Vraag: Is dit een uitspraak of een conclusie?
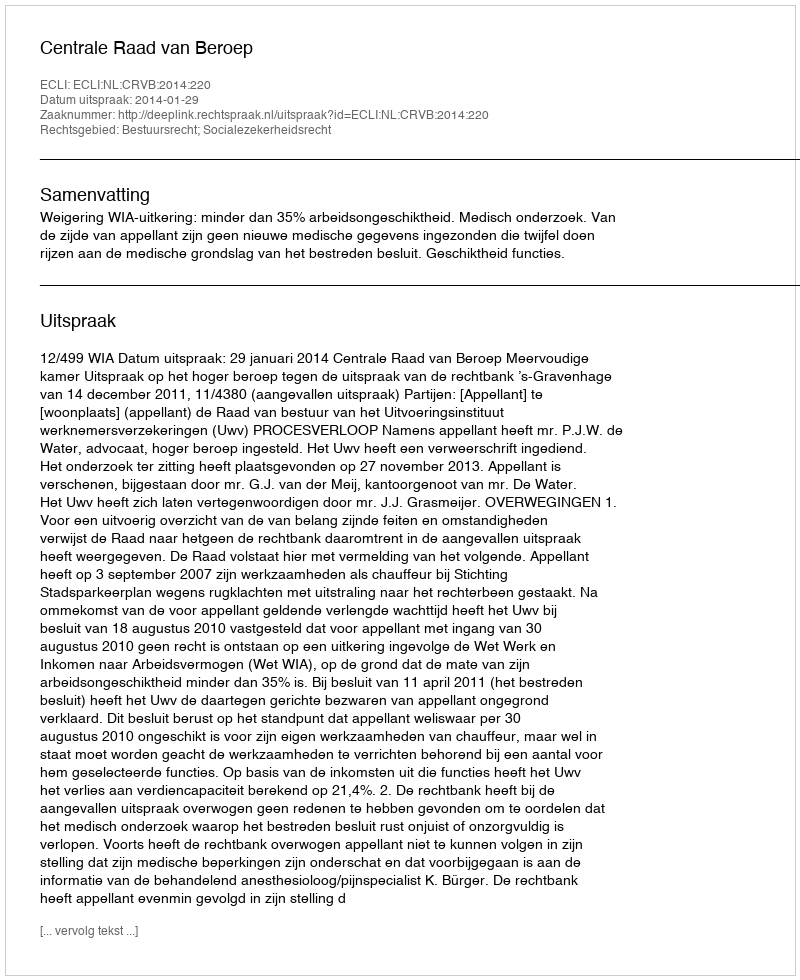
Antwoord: Uitspraak